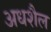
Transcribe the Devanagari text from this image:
अधशैल